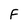
Character: F